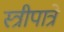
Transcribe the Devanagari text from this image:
स्त्रीपात्रे